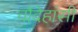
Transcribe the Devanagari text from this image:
चौदेहांसी